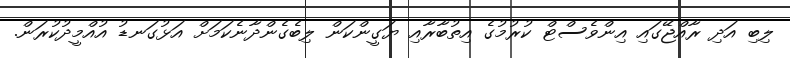
ލިބި އަދި ރާއްޖޭގައި އިންވެސްޓް ކުރުމުގެ އިތުބާރާއި ޔަގީންކަން ލިބެގެންދާނެކަމަށް އަޅުގަނޑު އުއްމީދުކުރަން.